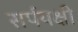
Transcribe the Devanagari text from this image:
सर्पयक्षी